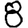
Digit: 8